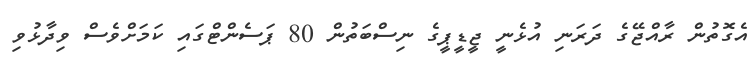
އެގޮތުން ރާއްޖޭގެ ދަރަނި އުޅެނީ ޖީޑީޕީގެ ނިސްބަތުން 80 ޕަސެންޓްގައި ކަމަށްވެސް ވިދާޅުވި